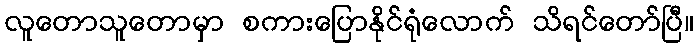
လူတောသူတောမှာ စကားပြောနိုင်ရုံလောက် သိရင်တော်ပြီ။